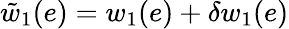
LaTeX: \tilde{w}_{1}(e)=w_{1}(e)+\delta w_{1}(e)